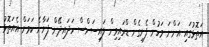
އަތޮޅުގައި އަންނަ މަހުން ފެށިގެން ޑްރައިވިން ލައިސަންސް ހަދައިދޭން ފަށާނެ ކަމަށް އެއަތޮޅު